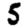
Digit: 5